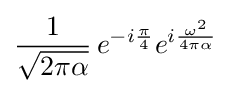
{\frac {1}{\sqrt {2\pi \alpha }}}\,e^{-i{\frac {\pi }{4}}}e^{i{\frac {\omega ^{2}}{4\pi \alpha }}}